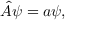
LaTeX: { \hat { A } } \psi = a \psi ,